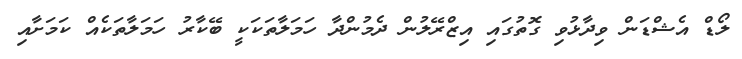
ލޯޑް އެޝްޑަން ވިދާޅުވި ގޮތުގައި އިޒްރޭލުން ދެމުންދާ ހަމަލާތަކަކީ ބޭކާރު ހަމަލާތަކެއް ކަމަށާއި